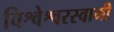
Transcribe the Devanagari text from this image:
विश्वेश्वरस्वामी